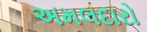
અમલદારો